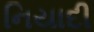
નિયાદી